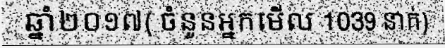
ឆ្នាំ២០១៧( ចំនួនអ្នកមើល 1039 នាក់)